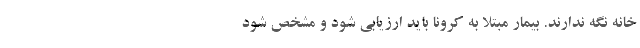
خانه نگه ندارند. بیمار مبتلا به کرونا باید ارزیابی شود و مشخص شود